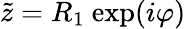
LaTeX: \tilde{z}=R_{1}\ \mathrm{exp}(i\varphi)